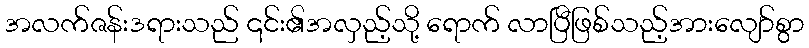
အလက်ဇန်းဒရားသည် ၎င်း၏အလှည့်သို့ ရောက် လာပြီဖြစ်သည့်အားလျော်စွာ